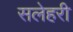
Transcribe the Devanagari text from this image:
सलेहरी